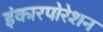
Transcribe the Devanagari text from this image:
इंकारपोरेशन